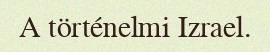
A történelmi Izrael.